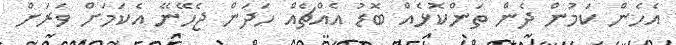
އެހެން ކަމުން ދެން ތަންކޮޅެއް ބޮޑު އެއްޗެއް ހަދަން ޖެހޭނޭ އެކަމަށް ވަރަށް